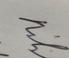
Signature authenticity: genuine